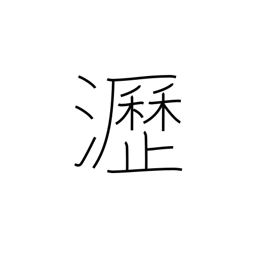
Meaning: dropping